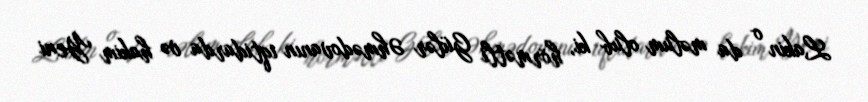
Lakin o da məlum olub ki, hörmətli Gülər Əhmədovanın iqtidarda və hakim Yeni